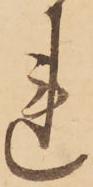
れ